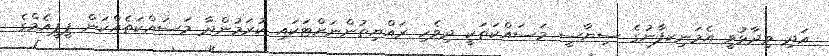
އަދި ވިދާޅުވީ އެމަނިކފާނުގެ ސިޔާސީ މަސައްކަތަކީ ދިވެހި ރައްޔިތުންނަށްޓަކައި ކުރަމުންދާ މަސައްކަތެއްކަން ޕީޕީއެމްގެ